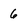
Character: 6